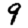
Digit: 9